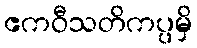
ဧကဝီသတိကပ္ပမှိ